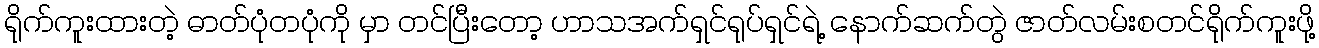
ရိုက်ကူးထားတဲ့ ဓာတ်ပုံတပုံကို မှာ တင်ပြီးတော့ ဟာသအက်ရှင်ရုပ်ရှင်ရဲ့ နောက်ဆက်တွဲ ဇာတ်လမ်းစတင်ရိုက်ကူးဖို့